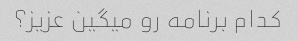
کدام برنامه رو میگین عزیز؟